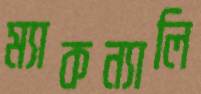
ম্যাকন্যালি